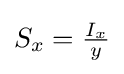
S_{x}={\tfrac {I_{x}}{y}}